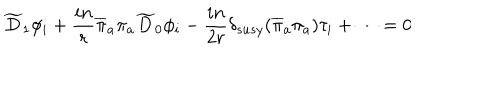
\widetilde { D } _ { 1 } \phi _ { i } + { \frac { i n } { r } } \overline { { { \pi } } } _ { a } \pi _ { a } \widetilde { D } _ { 0 } \phi _ { i } - { \frac { i n } { 2 r } } \delta _ { s u s y } ( \overline { { { \pi } } } _ { a } \pi _ { a } ) \tau _ { i } + \cdots = 0